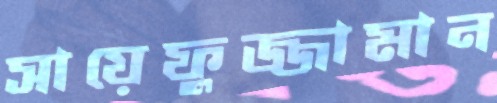
সায়েফুজ্জামান